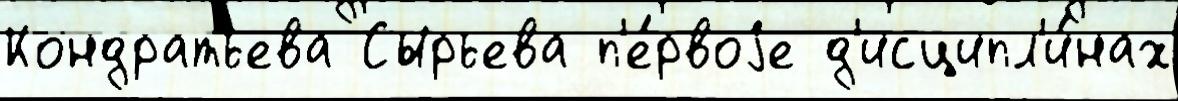
Кондратьева Сырьева п'е́рвоjе д'исципл'и́нах